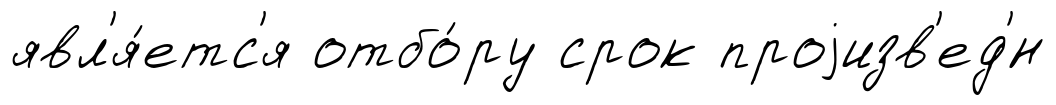
явл'я́етс'я отбо́ру срок проjизв'ед'́н